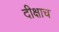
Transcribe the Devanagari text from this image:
दीक्षाच